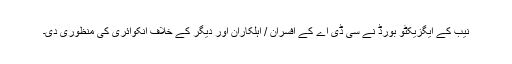
نیب کے ایگزیکٹو بورڈ نے سی ڈی اے کے افسران / اہلکاران اور دیگر کے خلاف انکوائری کی منظوری دی۔